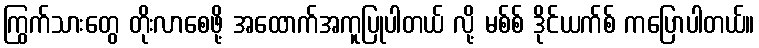
ကြွက်သားတွေ တိုးလာစေဖို့ အထောက်အကူပြုပါတယ် လို့ မစ်စ် ဒိုင်ယက်စ် ကပြောပါတယ်။